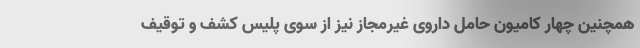
همچنین چهار کامیون حامل داروی غیرمجاز نیز از سوی پلیس کشف و توقیف